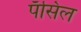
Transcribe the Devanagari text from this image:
पॅंसिल